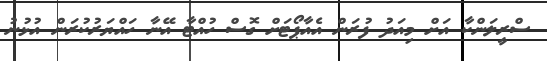
ސްރީލަންކާ އަށް މިއަދު ފުރަން އެއާޕޯޓަށް ގޮސް ހުއްޓާ އޭނާ ހައްޔަރުކުރަން އުޅުނު